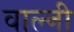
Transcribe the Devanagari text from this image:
वाल्नी